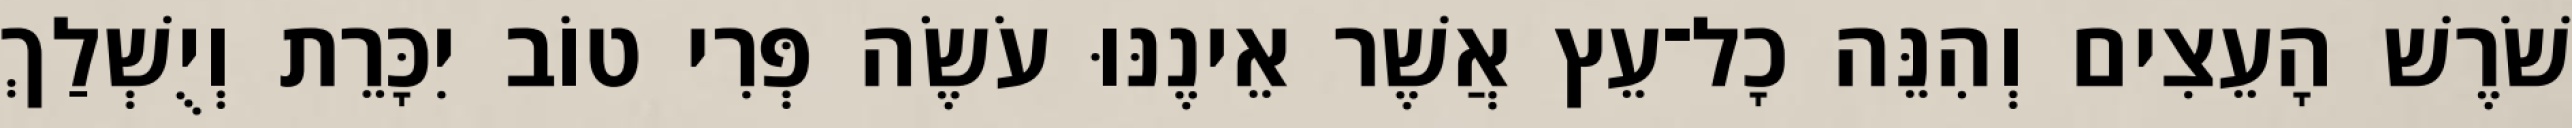
שֹׁרֶשׁ הָעֵצִים וְהִנֵּה כָל־עֵץ אֲשֶׁר אֵינֶנּוּ עֹשֶׂה פְּרִי טוֹב יִכָּרֵת וְיֻשְׁלַךְ